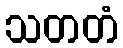
သတတံ